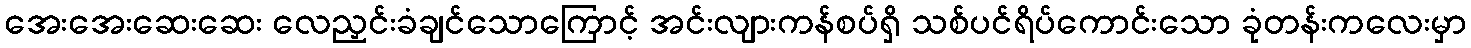
အေးအေးဆေးဆေး လေညှင်းခံချင်သောကြောင့် အင်းလျားကန်စပ်ရှိ သစ်ပင်ရိပ်ကောင်းသော ခုံတန်းကလေးမှာ